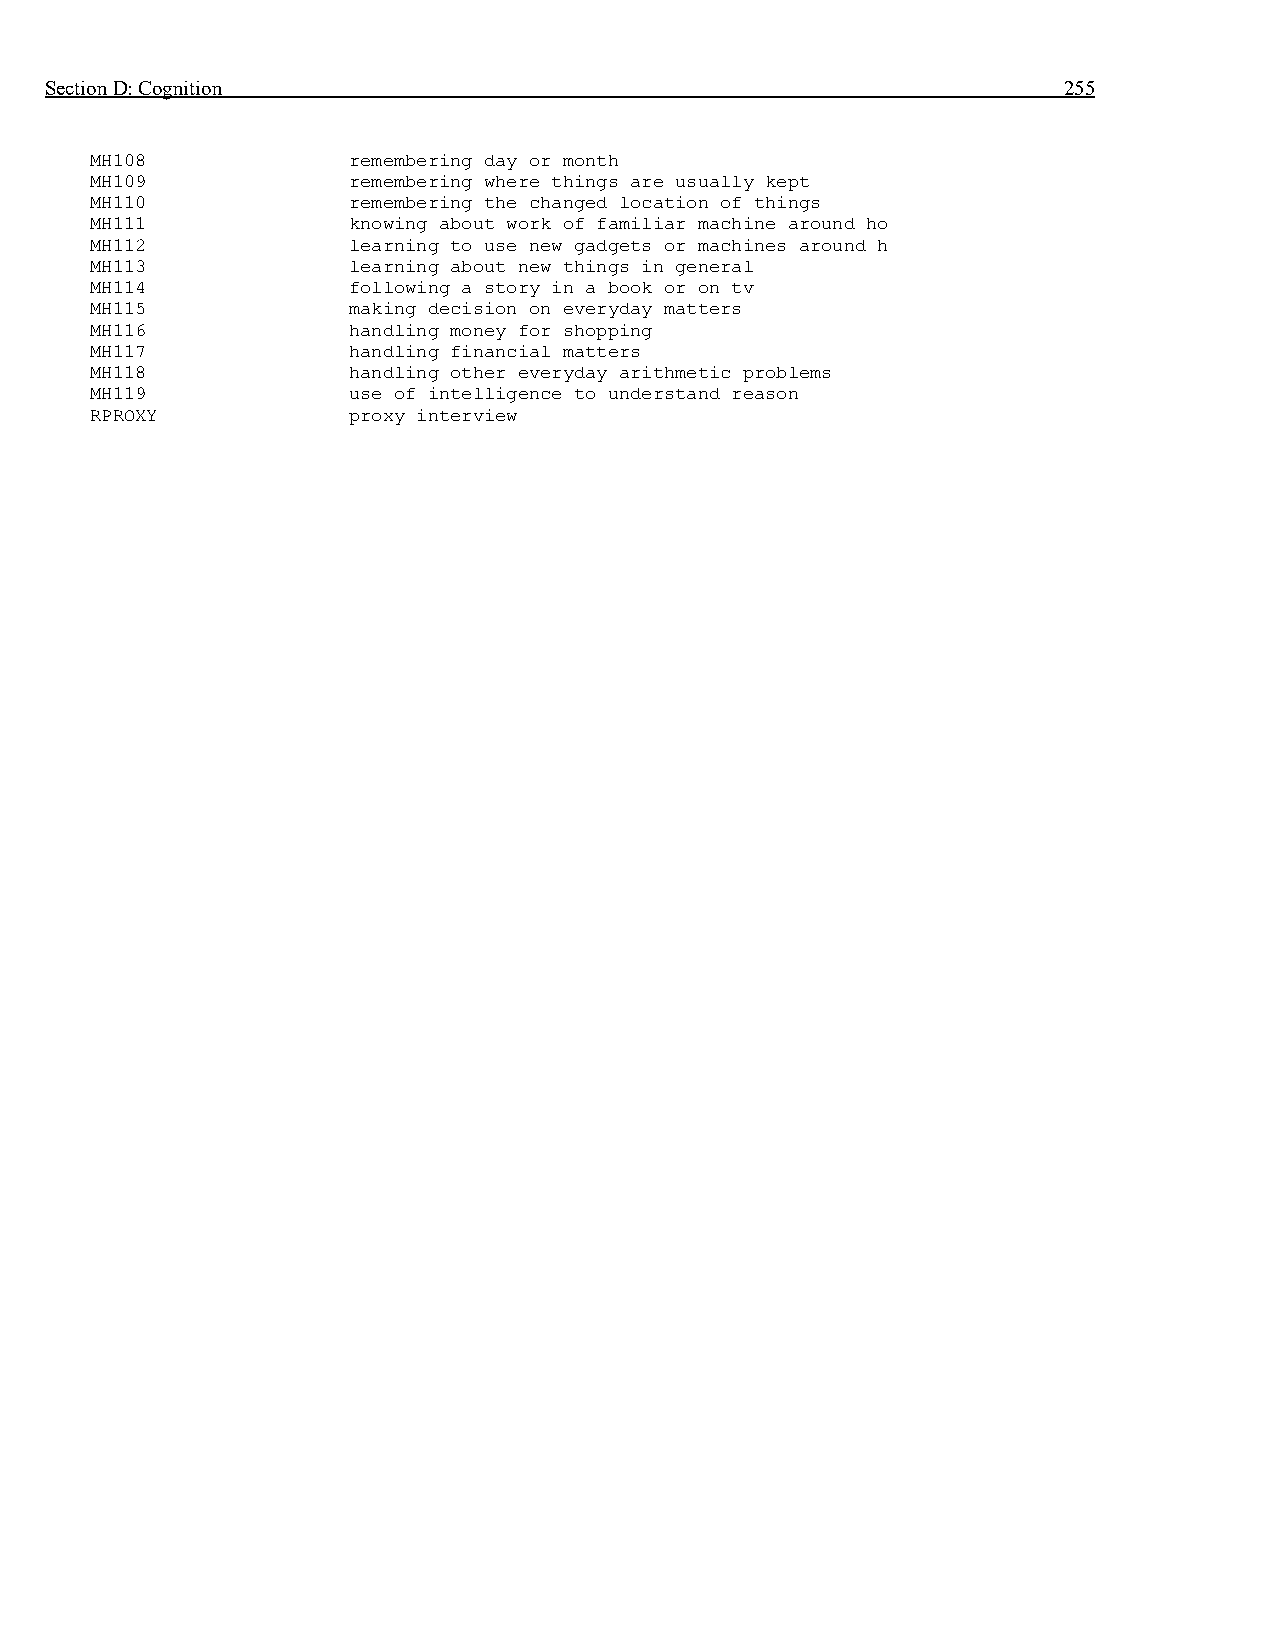
Section D: Cognition                                               255
 MH108            remembering day or month
 MH109            remembering where things are usually kept
 MH110            remembering the changed location of things
 MH111            knowing about work of familiar machine around ho
 MH112            learning to use new gadgets or machines around h
 MH113            learning about new things in general
 MH114            following a story in a book or on tv
 MH115            making decision on everyday matters
 MH116            handling money for shopping
 MH117            handling financial matters
 MH118            handling other everyday arithmetic problems
 MH119            use of intelligence to understand reason
 RPROXY           proxy interview